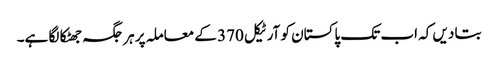
بتا دیں کہ اب تک پاکستان کو آرٹیکل 370 کے معاملہ پر ہر جگہ جھٹکا لگا ہے۔